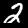
Label: 2